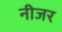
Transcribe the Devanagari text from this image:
नीजर